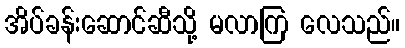
အိပ်ခန်းဆောင်ဆီသို့ မလာကြ လေသည်။